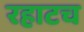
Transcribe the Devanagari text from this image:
रहाटच